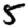
Digit: 5